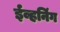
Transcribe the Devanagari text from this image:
ईव्हनिंग